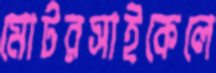
মোটরসাইকেলে